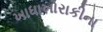
ખાધાખોરાકીના